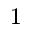
^ 1